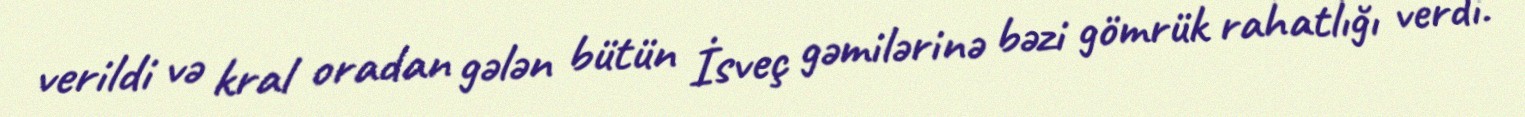
verildi və kral oradan gələn bütün İsveç gəmilərinə bəzi gömrük rahatlığı verdi.